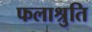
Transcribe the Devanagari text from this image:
फलाश्रुति